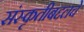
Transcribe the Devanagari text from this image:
संस्कृतीबद्दलचे